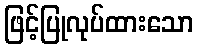
ဖြင့်ပြုလုပ်ထားသော